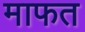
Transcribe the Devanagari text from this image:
माफत